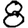
Digit: 8